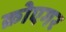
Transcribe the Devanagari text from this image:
क्रोएगर